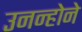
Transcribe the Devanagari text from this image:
उनन्होने